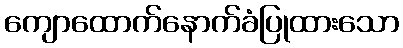
ကျောထောက်နောက်ခံပြုထားသော